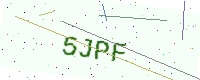
Text: 5JPF